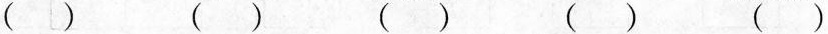
()()()()()